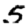
Digit: 5